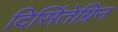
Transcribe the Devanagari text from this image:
दिसिंतेग्रिन